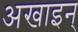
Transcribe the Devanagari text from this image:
अखाइन्